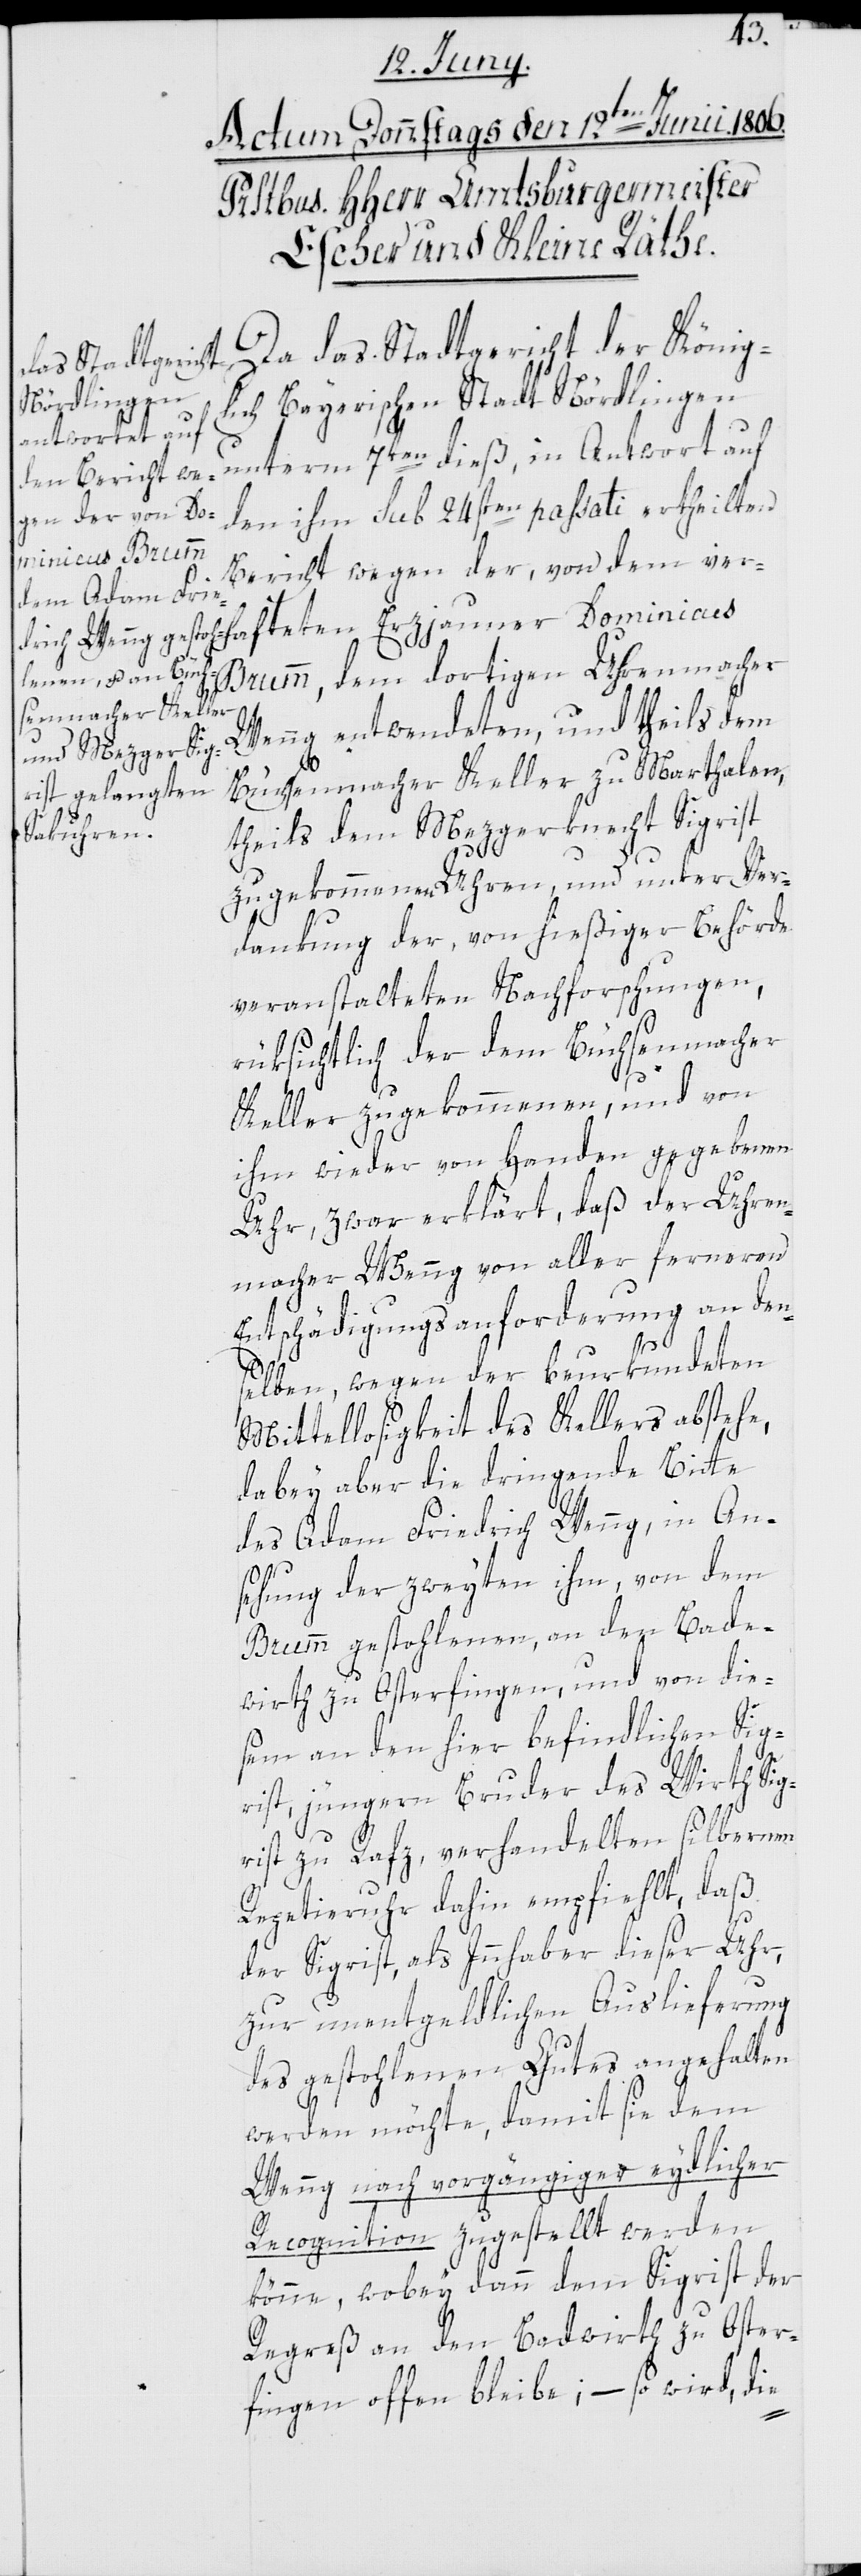
lich Bayerischen Stadt Nördlingen
unterm 7ten dieß, in Antwort auf
den ihm sub 24sten passati ertheilten
Stadtgericht der König¬
Bericht wegen der, von dem ver¬
Brumm, dem dortigen Uhrenmacher
Wenng entwendeten, und theils dem
Büchsenmacher Keller zu Marthalen,
theils dem Mezgerknecht Sigrist
zugekommenen Uhren, und unter Ver¬
dankung der, von hießiger Behörde
veranstalteten Nachforschungen,
rüksichtlich der dem Büchsenmacher
Keller zugekommenen, und von
ihm wieder von Handen gegebenen
Uhr, zwar erklärt, daß der Uhren¬
macher Wenng von aller ferneren
Entschädigungsanforderung an den¬
haftet¬
selben, wegen der beurkundeten
Mittellosigkeit des Kellers abstehe,
dabey aber die dringende Bitte
des Adam Friedrich Wenng, in An¬
sehung der zweyten ihm, von dem
Brumm gestohlenen, an den Bade¬
wirth zu Osterfingen, und von die¬
sem an den hier befindlichen Sig¬
rist, jüngern Bruder des Wirth Sig¬
rist zu Rafz, verhandelten silbernen
Repetieruhr dahin empfiehlt, daß
der Sigrist, als Innhaber dieser Uhr,
zur unentgeldlichen Auslieferung
des gestohlenen Gutes angehalten
das
werden möchte, damit sie dem
Wenng nach vorgängiger eydlicher
Recognition zugestellt werden
könne, wobey dann dem Sigrist der
Regreß an den Badwirth zu Oster¬
fingen offen bleibe; – so wird, die-
en